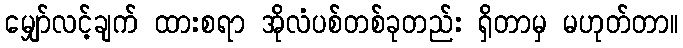
မျှော်လင့်ချက် ထားစရာ အိုလံပစ်တစ်ခုတည်း ရှိတာမှ မဟုတ်တာ။